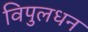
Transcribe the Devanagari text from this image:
विपुलधन